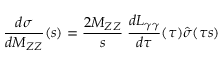
\frac { d \sigma } { d M _ { Z Z } } ( s ) = \frac { 2 M _ { Z Z } } { s } \; \frac { d { \cal L } _ { \gamma \gamma } } { d \tau } ( \tau ) \hat { \sigma } ( \tau s )